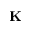
\mathbf { K }